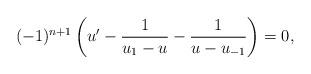
LaTeX: \begin{align*}(-1)^{n+1}\left(u'-\frac{1}{u_1-u}-\frac{1}{u-u_{-1}}\right)=0,\end{align*}